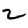
Digit: 2